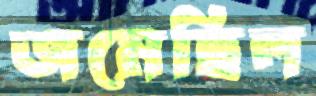
জমেছিল